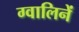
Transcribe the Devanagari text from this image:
ग्वालिनें